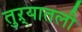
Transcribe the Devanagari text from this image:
तुऱ्यातली